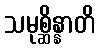
သမုစ္ဆိန္နာတိ